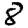
Digit: 8